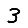
Digit: 3